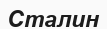
Сталин